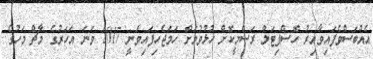
އެއްބަސްވެފައިވާއިރު ހޮސްޕިޓަލް ރަސްމީކޮށް ހުޅުވުމަށް ހަމަޖެހިފައިވަނީ 2017 ވަނަ އަހަރުގެ މާޗް މަހުގެ